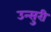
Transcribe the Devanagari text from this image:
उन्सुरी